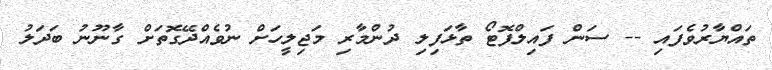
ތައްޔާރުވެފައި -- ސަން ފައިލްފޮޓޯ ތާޅަފިލި ދުންމާރި މަޖިލީހަށް ނުވެއްދޭގޮތަށް ގާނޫނު ބަދަލު